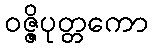
ဝဇ္ဇိပုတ္တကော